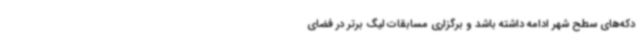
دکه‌های سطح شهر ادامه داشته باشد و برگزاری مسابقات لیگ برتر در فضای